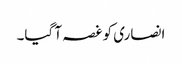
انصاری کو غصہ آ گیا۔